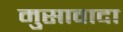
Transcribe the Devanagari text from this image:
मुसावादा